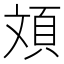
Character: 𮨂